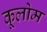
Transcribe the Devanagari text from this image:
कूलोम